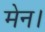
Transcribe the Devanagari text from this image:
मेन।